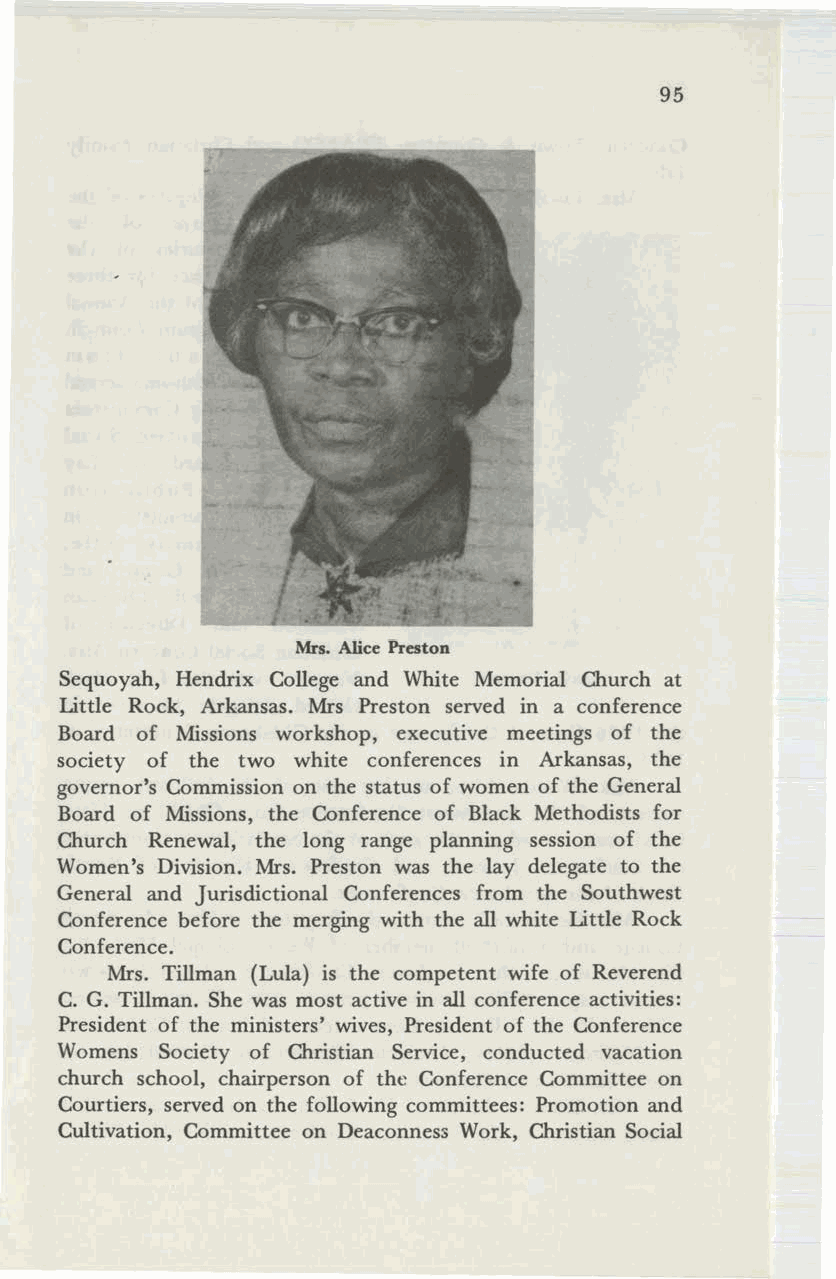
95
 Mrs. Alice Preston
 Sequoyah, Hendrix College and White Memorial Church at
 Little Rock, Arkansas. Mrs Preston served in a conference
 Board of Missions workshop, executive meetings of the
 society of the two white conferences in Arkansas, the
 governor's Commission on the status of women of the General
 Board of Missions, the Conference of Black Methodists for
 Church Renewal, the long range planning session of the
 Women's Division. Mrs. Preston was the lay delegate to the
 General and Jurisdictional Conferences from the Southwest
 Conference before the merging with the all white Little Rock
 Conference.
 Mrs. Tillman (Lula) is the competent wife of Reverend
 C. G. Tillman. She was most active in all conference activities:
 President of the ministers' wives, President of the Conference
 Womens Society of Christian Service, conducted vacation
 church school, chairperson of the Conference Committee on
 Courtiers, served on the following committees: Promotion and
 Cultivation, Committee on Deaconness Work, Christian Social